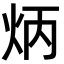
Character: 炳